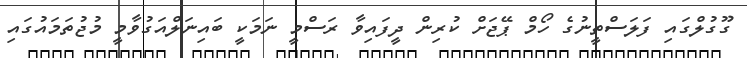
ގޫގުލްގައި ފަލަސްތީނުގެ ހޯމް ޕޭޖަށް ކުރިން ދީފައިވާ ރަސްމީ ނަމަކީ ބައިނަލްއަގުވާމީ މުޖުތަމައުގައި